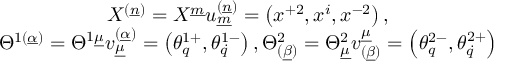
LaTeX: \begin{array} { c } { { X ^ { ( \underline { { n } } ) } = X ^ { \underline { { m } } } u _ { \underline { { m } } } ^ { ( \underline { { n } } ) } = \left( x ^ { + 2 } , x ^ { i } , x ^ { - 2 } \right) , } } \\ { { \Theta ^ { 1 ( \underline { { \alpha } } ) } = \Theta ^ { 1 \underline { { \mu } } } v _ { \underline { { \mu } } } ^ { ( \underline { { \alpha } } ) } = \left( \theta _ { q } ^ { 1 + } , \theta _ { \dot { q } } ^ { 1 - } \right) , \Theta _ { ( \underline { { \beta } } ) } ^ { 2 } = \Theta _ { \underline { { \mu } } } ^ { 2 } v _ { ( \underline { { \beta } } ) } ^ { \underline { { \mu } } } = \left( \theta _ { q } ^ { 2 - } , \theta _ { \dot { q } } ^ { 2 + } \right) } } \end{array}